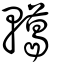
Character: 轕